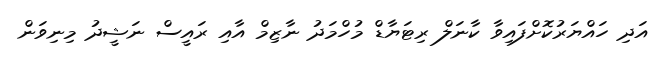
އަދި ހައްޔަރުކޮށްފައިވާ ކާނަލް ރިޓަޔާޑް މުހްމަދު ނާޒިމް އާއި ރައީސް ނަޝީދު މިނިވަން